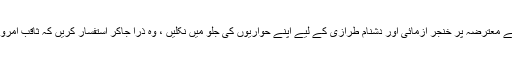
جو لوگ میرے جملہ ہائے معترضہ پر خنجر آزمائی اور دشنام طرازی کے لیے اپنے حواریوں کی جلو میں نکلیں ، وہ ذرا جاکر استفسار کریں کہ ثاقؔب امروہوی کی کتاب کا کیا بنا۔